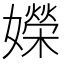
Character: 嬫